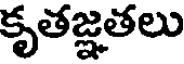
కృతజ్ఞతలు